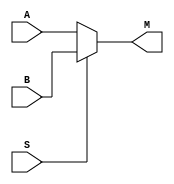
`timescale 1ns / 1ps

module mux
(
    input A,
    input B,
    input S,
    output M
);

    wire a_0;
    wire a_1;
    
    assign M = (S==0)? A :B;

endmodule